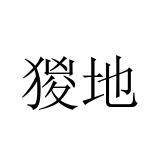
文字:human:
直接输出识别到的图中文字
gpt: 猣地